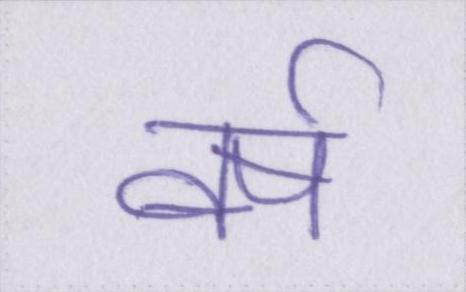
वर्ष